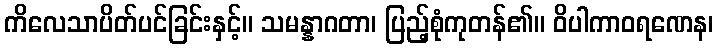
ကိလေသာပိတ်ပင်ခြင်းနှင့်။ သမန္နာဂတာ၊ ပြည့်စုံကုတန်၏။ ဝိပါကာဝရဏေန၊